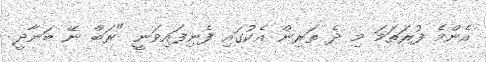
އެންމެ ފުރަތަމަ މި ދެ ތަރިން އެކުގައި ފެނިފައިވަނީ "ރަބް ނޭ ބަނާދީ